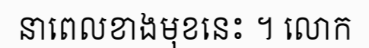
នាពេលខាងមុខនេះ ។ លោក